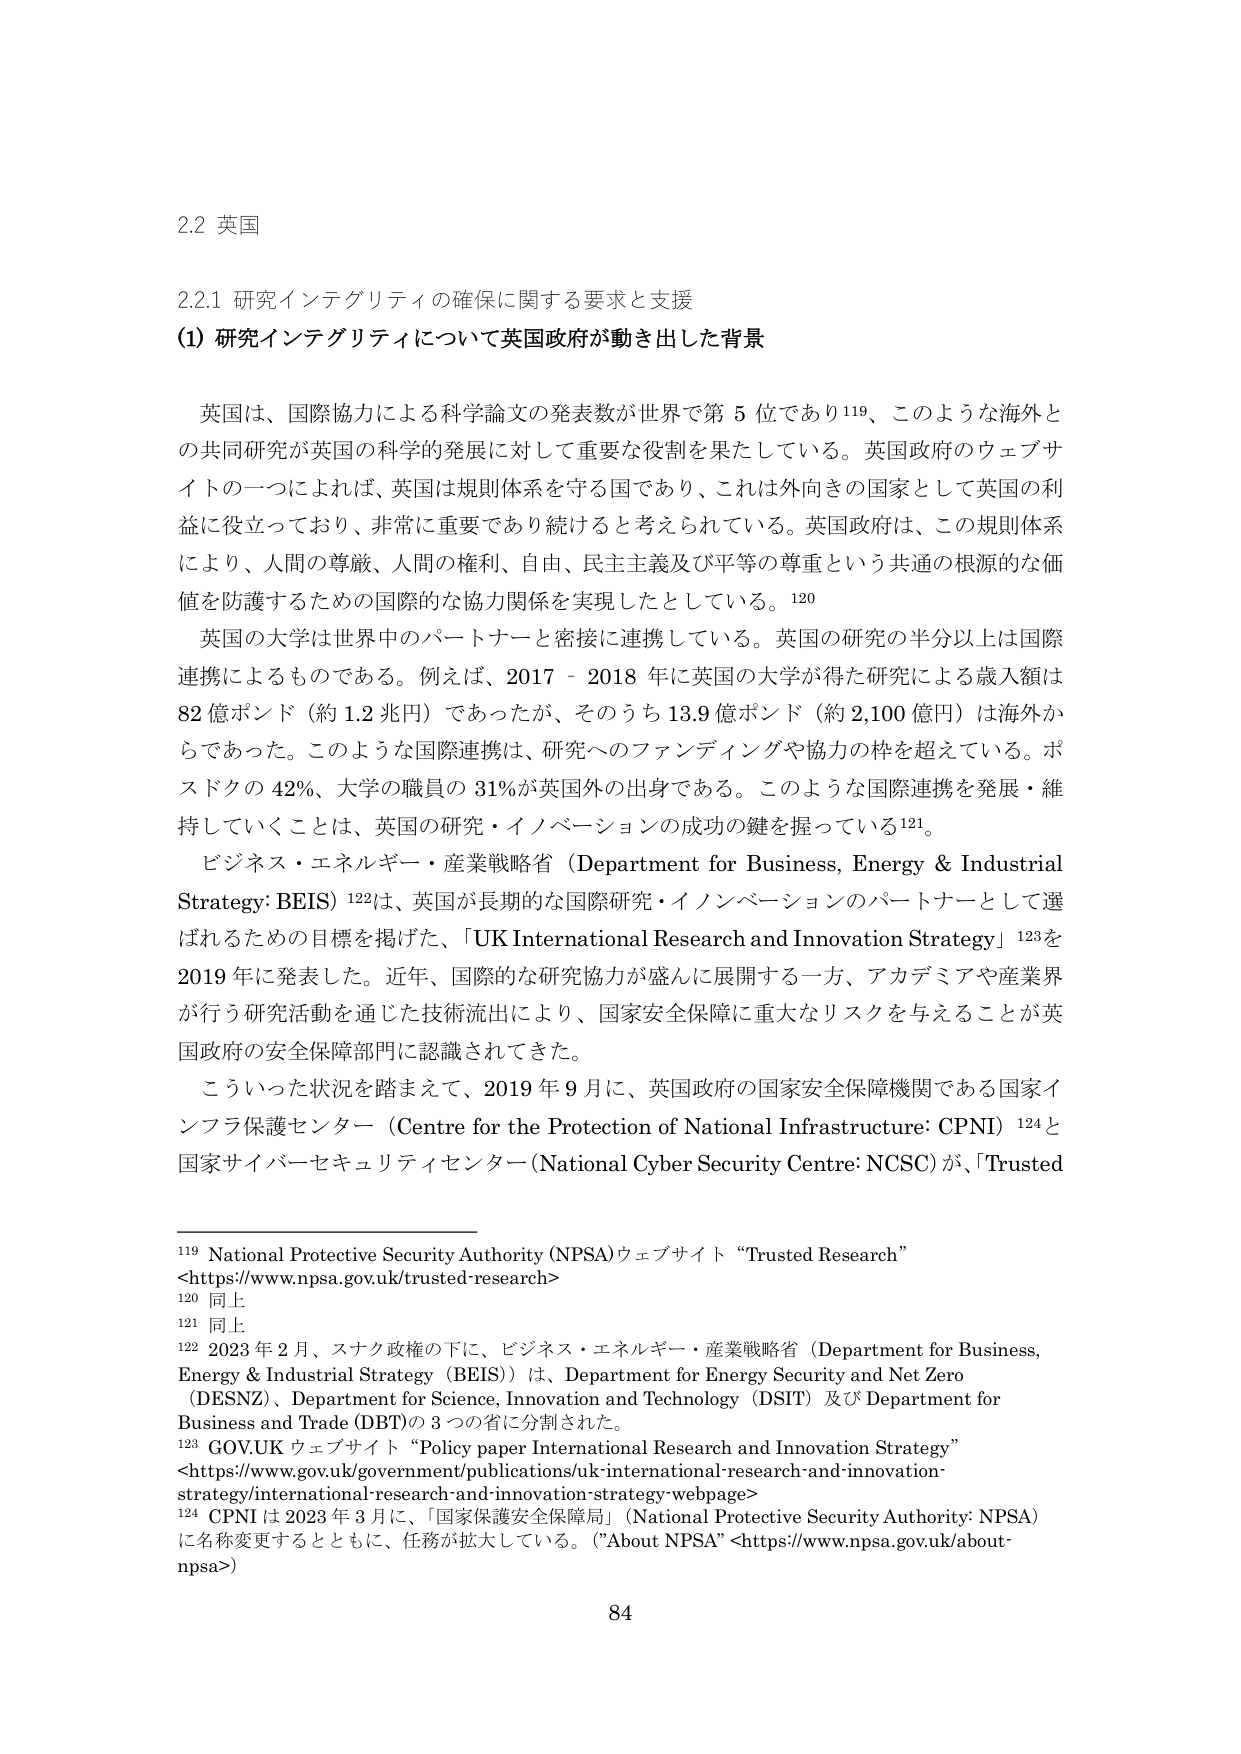
2.2 英国

2.2.1 研究インテグリティの確保に関する要求と支援

(1) 研究インテグリティについて英国政府が動き出した背景

英国は、国際協力による科学論文の発表数が世界で第 5 位であり119、このような海外との共同研究が英国の科学的発展に対して重要な役割を果たしている。英国政府のウェブサイトの一つによれば、英国は規則体系を守る国であり、これは外向きの国家として英国の利益に役立っており、非常に重要であり続けると考えられている。英国政府は、この規則体系により、人間の尊厳、人間の権利、自由、民主主義及び平等の尊重という共通の根源的な価値を防護するための国際的な協力関係を実現したとしている。120

英国の大学は世界中のパートナーと密接に連携している。英国の研究の半分以上は国際連携によるものである。例えば、2017 - 2018 年に英国の大学が得た研究による歳入額は 82 億ポンド（約 1.2 兆円）であったが、そのうち 13.9 億ポンド（約 2,100 億円）は海外からであった。このような国際連携は、研究へのファンディングや協力の枠を超えている。ポスドクの 42%、大学の職員の 31%が英国外の出身である。このような国際連携を発展・維持していくことは、英国の研究・イノベーションの成功の鍵を握っている121。

ビジネス・エネルギー・産業戦略省（Department for Business, Energy & Industrial Strategy: BEIS）122は、英国が長期的な国際研究・イノベーションのパートナーとして選ばれるための目標を掲げた、「UK International Research and Innovation Strategy」123を 2019 年に発表した。近年、国際的な研究協力が盛んに展開する一方、アカデミアや産業界が行う研究活動を通じた技術流出により、国家安全保障に重大なリスクを与えることが英国政府の安全保障部門に認識されてきた。

こういった状況を踏まえて、2019 年 9 月に、英国政府の国家安全保障機関である国家インフラ保護センター（Centre for the Protection of National Infrastructure: CPNI）124と国家サイバーセキュリティセンター（National Cyber Security Centre: NCSC）が、「Trusted

119 National Protective Security Authority (NPSA)ウェブサイト “Trusted Research” <https://www.npsa.gov.uk/trusted-research>

120 同上

121 同上

122 2023 年 2 月、スナク政権の下に、ビジネス・エネルギー・産業戦略省（Department for Business, Energy & Industrial Strategy (BEIS)）は、Department for Energy Security and Net Zero (DESNZ)、Department for Science, Innovation and Technology (DSIT) 及び Department for Business and Trade (DBT)の 3 つの省に分割された。

123 GOV.UK ウェブサイト “Policy paper International Research and Innovation Strategy” <https://www.gov.uk/government/publications/uk-international-research-and-innovation-strategy/international-research-and-innovation-strategy-webpage>

124 CPNI は 2023 年 3 月に、「国家保護安全保障局」（National Protective Security Authority: NPSA）に名称変更するとともに、任務が拡大している。（“About NPSA” <https://www.npsa.gov.uk/about-npsa>）

84